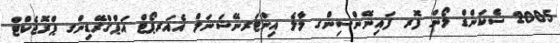
2005 ސެކަންޑް ލޯން ފޮރ ފައިނޭންސިންގ މާލެ އިންޓަރނޭޝަނަލް އެއަރޕޯޓް އަޕްގްރޭޑިންގ ޕްރޮޖެކްޓް